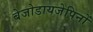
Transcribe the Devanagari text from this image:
बेजोडायजेपिनों